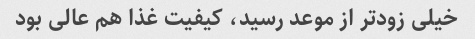
خیلی زودتر از موعد رسید، کیفیت غذا هم عالی بود